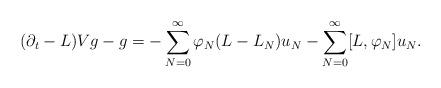
LaTeX: \begin{align*}\begin{aligned}(\partial_t-L)Vg-g &= -\sum_{N=0}^{\infty} \varphi_N (L-L_N) u_N - \sum_{N=0}^{\infty} [L,\varphi_N] u_N .\end{aligned}\end{align*}